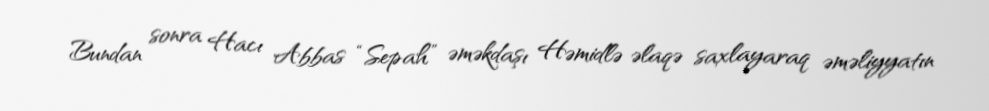
Bundan sonra Hacı Abbas “Sepah” əməkdaşı Həmidlə əlaqə saxlayaraq əməliyyatın